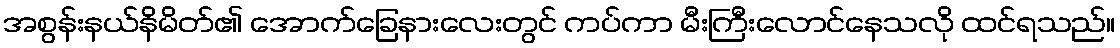
အစွန်းနယ်နိမိတ်၏ အောက်ခြေနားလေးတွင် ကပ်ကာ မီးကြီးလောင်နေသလို ထင်ရသည်။